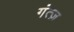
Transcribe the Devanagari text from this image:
गंत्ज़